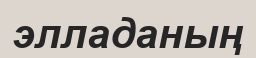
элладаның